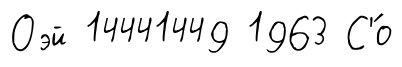
Оэй 14441449 1963 С'́о